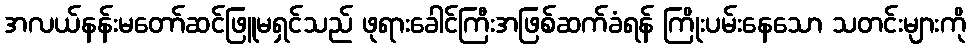
အလယ်နန်းမတော်ဆင်ဖြူမရှင်သည် ဖုရားခေါင်ကြီးအဖြစ်ဆက်ခံရန် ကြိုးပမ်းနေသော သတင်းများကို